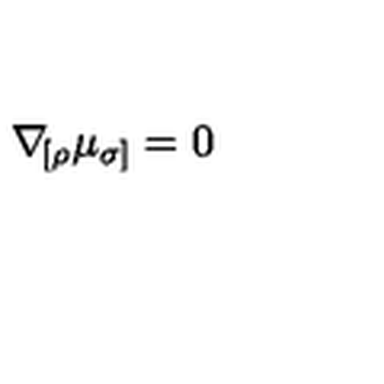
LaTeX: \nabla \! _ { [ \rho } \mu _ { \sigma ] } = 0